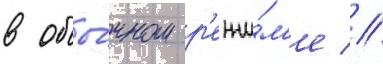
в обы́чном р'ежи́м'е //